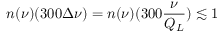
n ( \nu ) ( 3 0 0 \Delta \nu ) = n ( \nu ) ( 3 0 0 \frac { \nu } { Q _ { L } } ) \lesssim 1